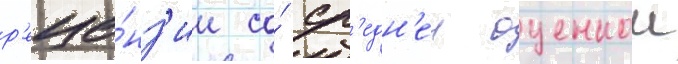
р'еце́нз'ии со́ ср'едн'еи оценкои